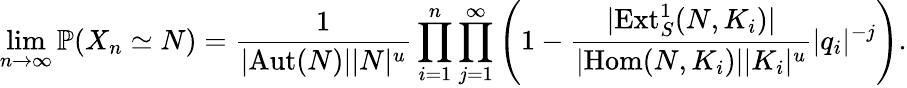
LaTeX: \operatorname*{lim}_{n\to\infty}\mathbb{P}(X_{n}\simeq N)=\frac{1}{|\mathrm{Aut}(N)||N|^{u}}\prod_{i=1}^{n}\prod_{j=1}^{\infty}\left(1-\frac{|\mathrm{Ext}_{S}^{1}(N,K_{i})|}{|\mathrm{Hom}(N,K_{i})||K_{i}|^{u}}|q_{i}|^{-j}\right).